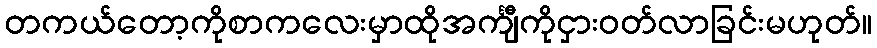
တကယ်တော့ကိုစာကလေးမှာထိုအင်္ကျီကိုငှားဝတ်လာခြင်းမဟုတ်။